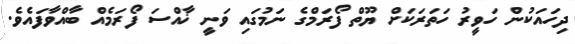
ދިހައަކުން ހަވީރު ހަތަރަކަށް ޔޫތް ފޯރަމްގެ ނަމުގައި ވަނީ ޚާއްސަ ފޯރަމެއް ބާއްވާފައެވެ.